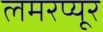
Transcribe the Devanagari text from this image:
लमरप्यूर